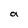
Character: a